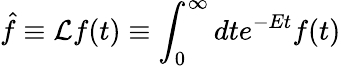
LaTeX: \hat{f}\equiv{\cal L}f(t)\equiv\int_{0}^{\infty}dte^{-Et}f(t)